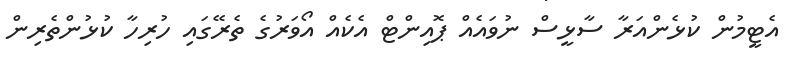
އެޓީމުން ކުޅެންއަރާ ސާޅީސް ނުވައެއް ޕޮއިންޓް އެކެއް އޯވަރުގެެ ތެރޭގައި ހުރިހާ ކުޅުންތެރިން